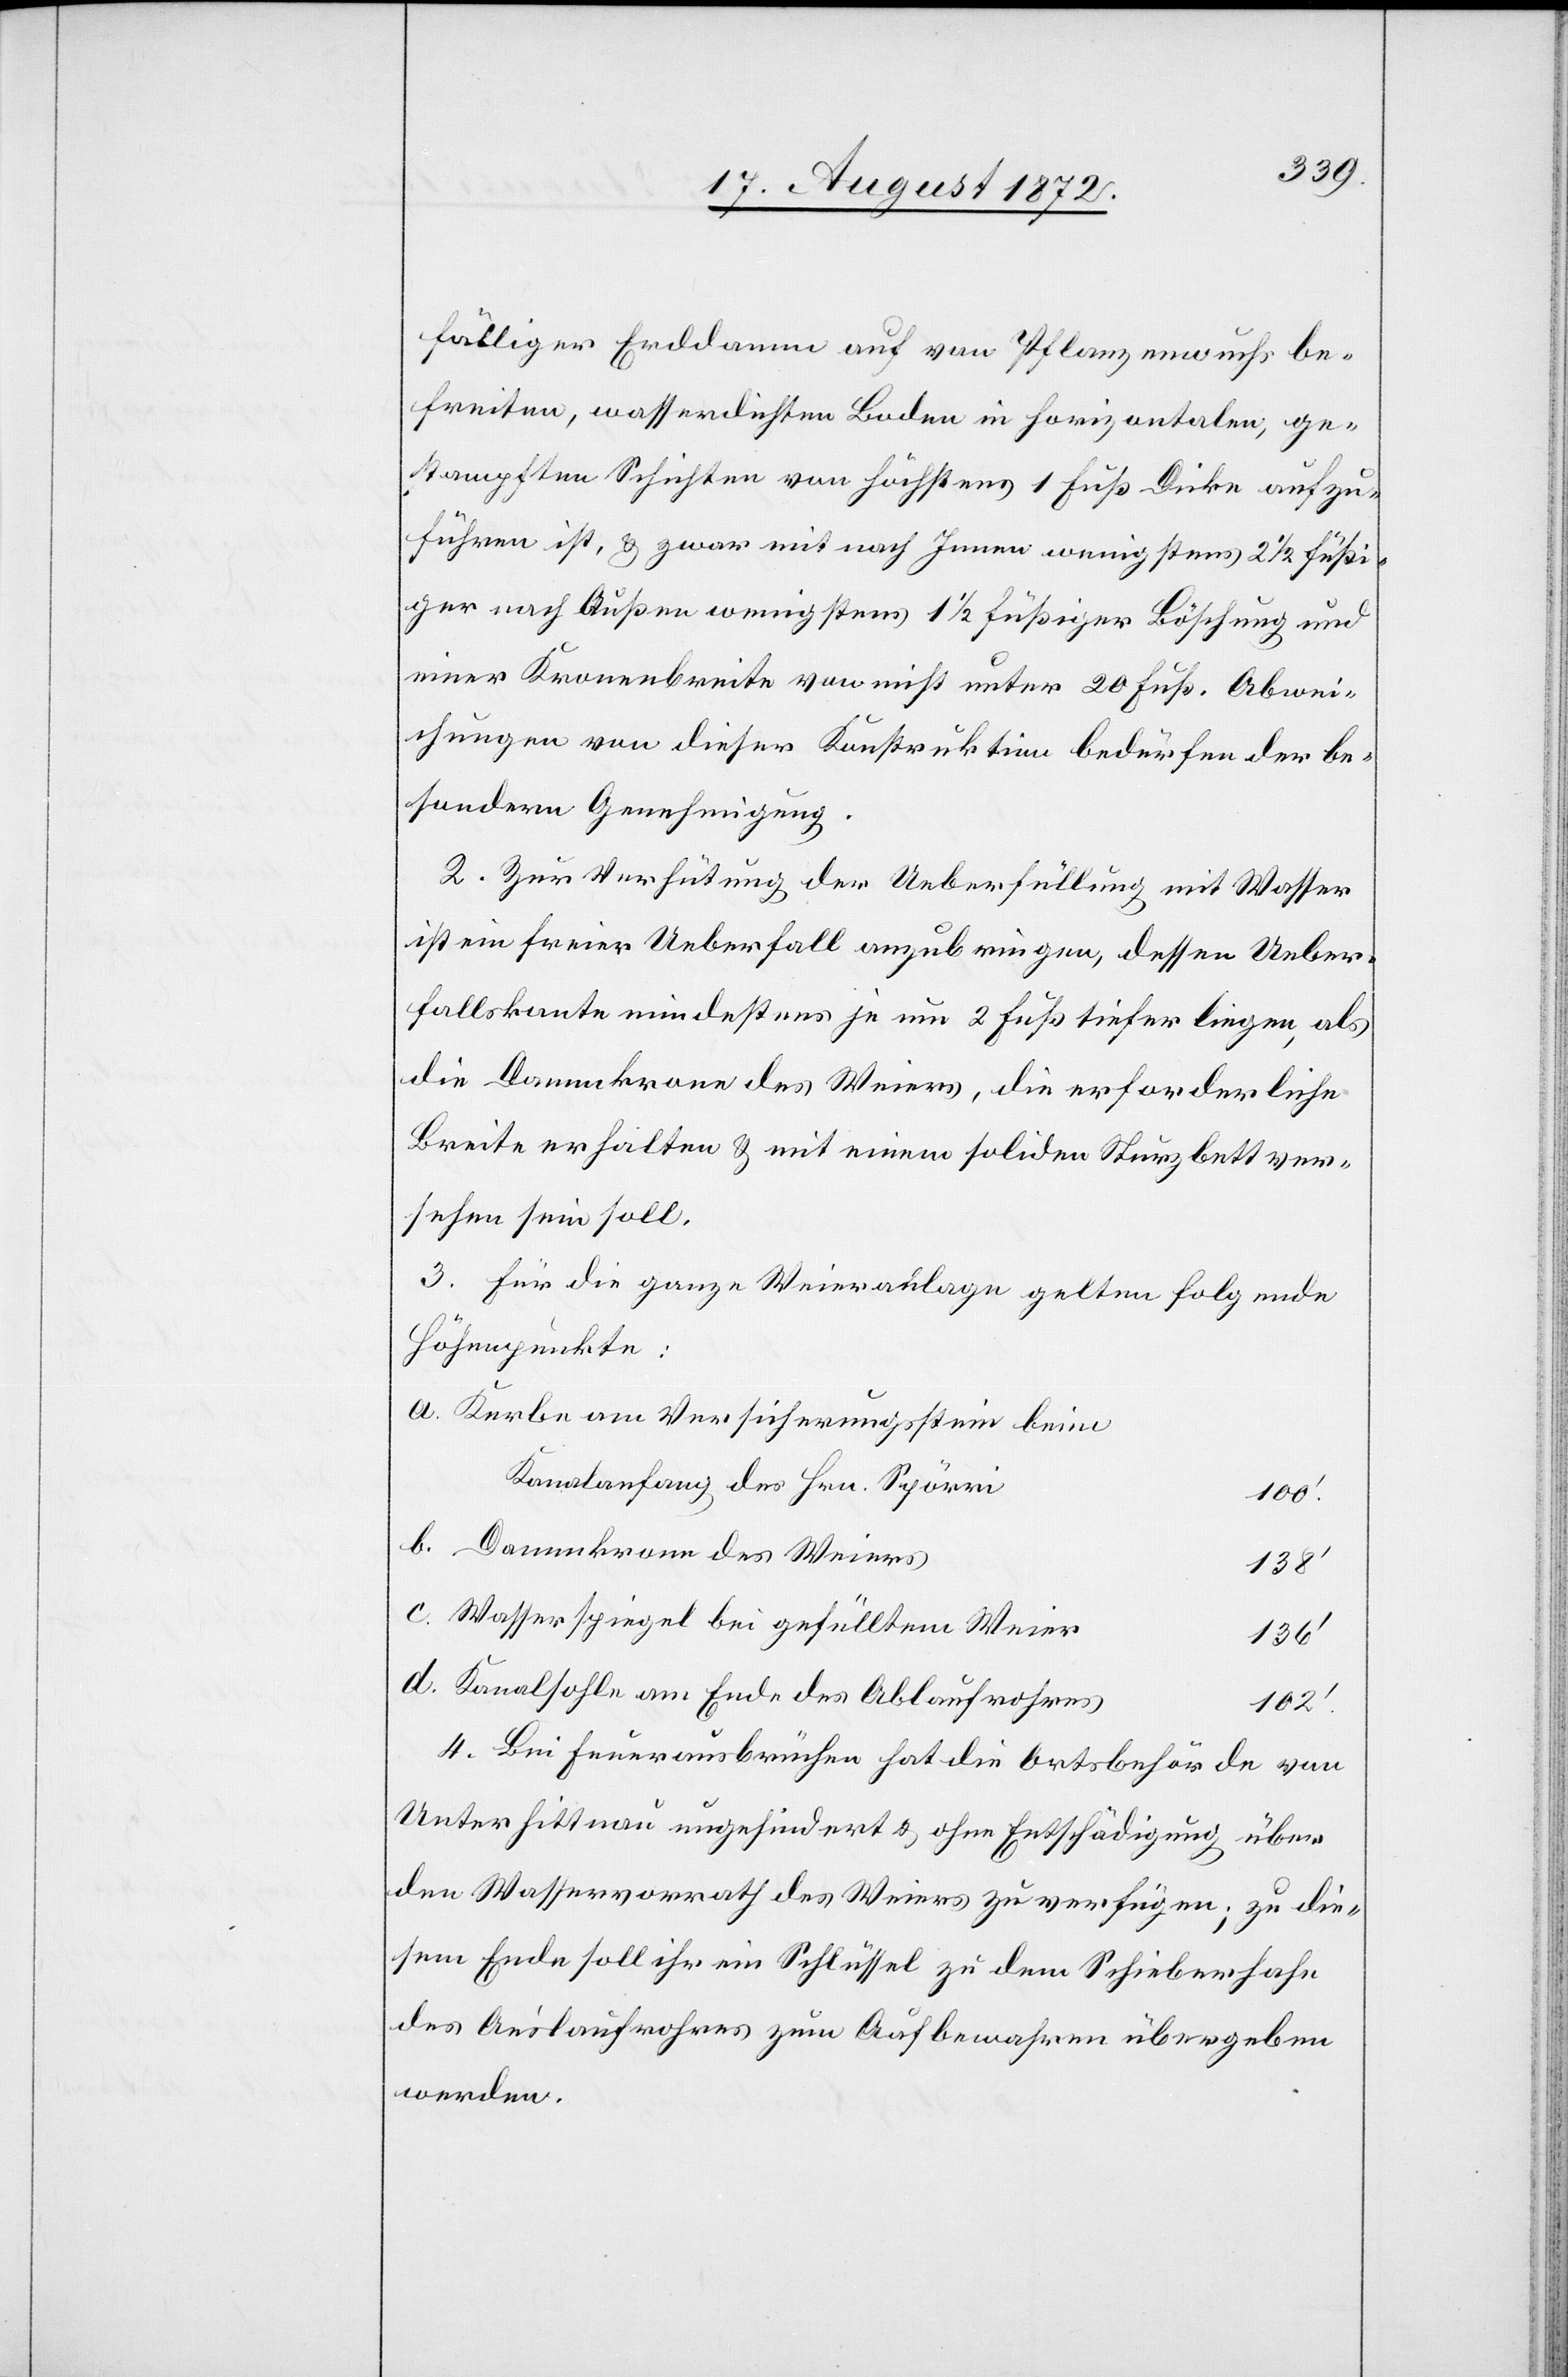
fälliger Erddamm auf von Pflanzenwuchs be¬
freiten, wasserdichten Boden in Horizontalen, ge¬
stampften Schichten von höchstens 1 Fuß Dicke aufzu¬
führen ist, u. zwar mit nach Innen wenigstens 2 1/2 füßi¬
ger nach Außen wenigstens 1 1/2 füßiger Böschung und
einer Kronenbreite von nicht unter 20 Fuß. Abwei¬
chungen von dieser Konstruktion bedürfen der be¬
sondern Genehmigung.
2. Zur Verhütung der Ueberfüllung mit Wasser
ist ein freier Ueberfall anzubringen, dessen Ueber¬
fallskante mindestens je um 2 Fuß tiefer liegen, als
die Dammkrone des Weiers, die erforderliche
Breite erhalten u. mit einem soliden Sturzbett ver¬
sehen sein soll.
3. Für die ganze Weieranlage gelten folgende
Höhenpunkte:
Kerbe am Versicherungsstein beim
Kanalanfang des Hrn. Spörri
100’
Dammkrone des Weiers
138’
Wasserspiegel bei gefülltem Weier
136’
Kanalsohle am Ende des Ablaufrohres
102’
4. Bei Feuerausbrüchen hat die Ortsbehörde von
Unterhittnau ungehindert u. ohne Entschädigung über
den Wasservorrath des Weiers zu verfügen; zu die¬
sem Ende soll ihr ein Schlüssel zu dem Schieberhahn
des Auslaufrohres zum Aufbewahren übergeben
werden.